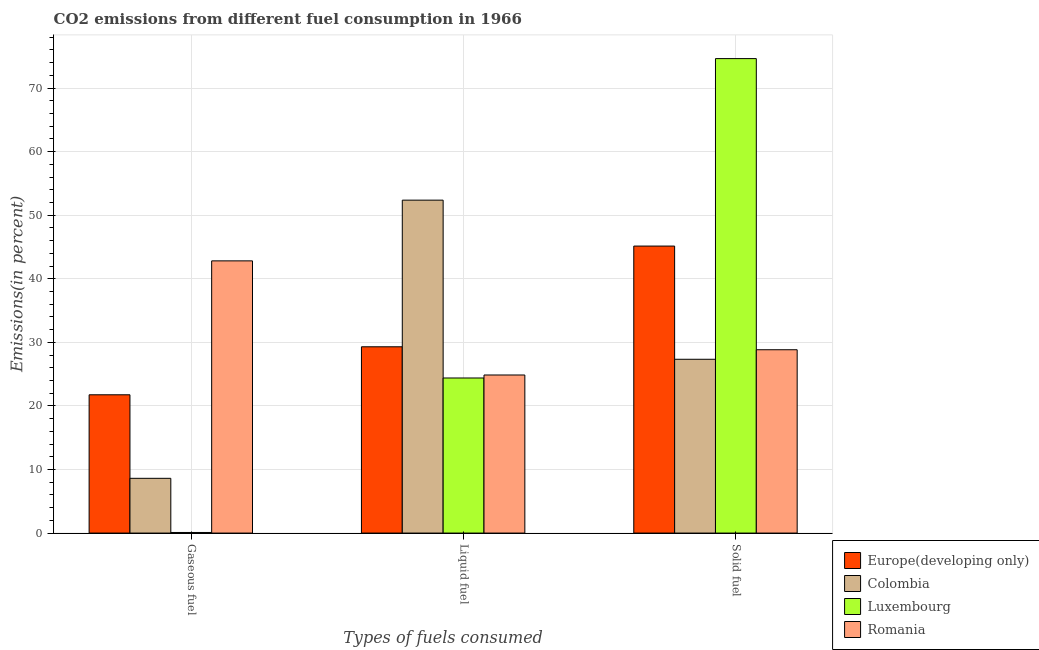
| Types of fuels consumed | Europe(developing only) | Colombia | Luxembourg | Romania |
 | --- | --- | --- | --- | --- |
 | Gaseous fuel | 21.7 | 8.61 | 0.0947 | 42.8 |
 | Liquid fuel | 29.3 | 52.4 | 24.4 | 24.9 |
 | Solid fuel | 45.1 | 27.3 | 74.6 | 28.8 |